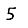
Digit: 5